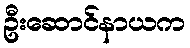
ဦးဆောင်နာယက